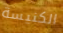
الكنيسة